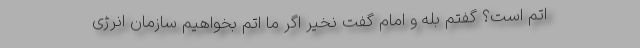
اتم است؟ گفتم بله و امام گفت نخیر اگر ما اتم بخواهیم سازمان انرژی